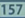
571